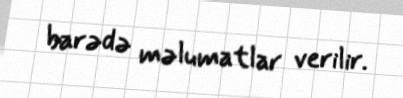
barədə məlumatlar verilir.